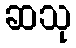
ဆသု